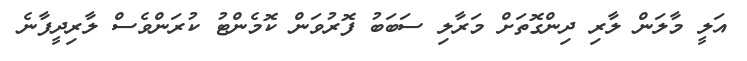
އަލީ މާލަން ލާރި ދިންގޮތަށް މަރާލި ސަބަބު ފޮރުވަން ކޮމެެންޓު ކުރަންވެސް ލާރިދީފާނެ